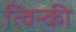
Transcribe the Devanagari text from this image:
त्विन्की